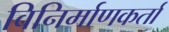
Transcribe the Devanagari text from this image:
विनिर्माणकर्ता